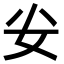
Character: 𭑨